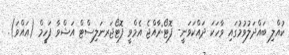
ކުއްލި ބައްދަލުވުމުގައި ވާހަކަ ދައްކަވަނީ- ފޮޓޯ:ރާއްޖެ އެމްވީ ފޮޓޯޖަރނަލިސްޓް އަޝްވާ ފަހީމް (އައްވަ).